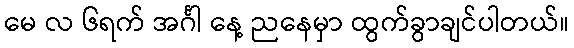
မေ လ ၆ရက် အင်္ဂါ နေ့ ညနေမှာ ထွက်ခွာချင်ပါတယ်။